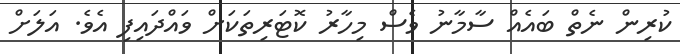
ކުރިން ނެތް ބައެއް ސާމާނު ވެސް މިހާރު ކޮޓަރިތަކަށް ވައްދައިފި އެވެ. އަލަށް